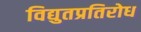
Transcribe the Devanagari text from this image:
विद्युतप्रतिरोध